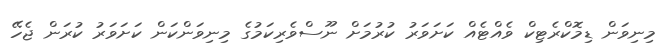
މިނިވަން ޑިމޮކްރެޓިކް ވެއްޓެއް ކަށަވަރު ކުރުމަށް ނޫސްވެރިކަމުގެ މިނިވަންކަން ކަށަވަރު ކުރަން ޖެހޭ